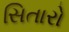
સિતારો